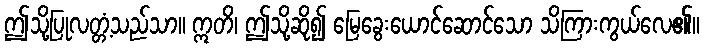
ဤသို့ပြုလတ္တံ့သည်သာ။ ဣတိ၊ ဤသို့ဆို၍ မြေခွေးယောင်ဆောင်သော သိကြားကွယ်လေ၏။